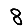
Digit: 8